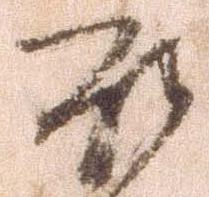
罷